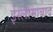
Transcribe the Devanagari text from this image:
ईस्लामाबाद